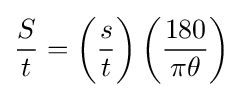
{\frac {S}{t}}={\biggl (}{\frac {s}{t}}{\biggr )}\left({\frac {180}{\pi \theta }}\right)